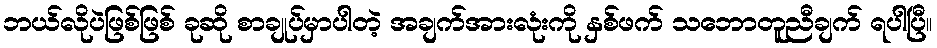
ဘယ်လိုပဲဖြစ်ဖြစ် ခုဆို စာချုပ်မှာပါတဲ့ အချက်အားလုံးကို နှစ်ဖက် သဘောတူညီချက် ရပါပြီ။